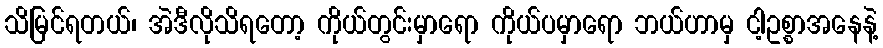
သိမြင်ရတယ်၊ အဲဒီလိုသိရတော့ ကိုယ်တွင်းမှာရော ကိုယ်ပမှာရော ဘယ်ဟာမှ ငါ့ဥစ္စာအနေနဲ့